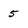
Character: 5